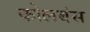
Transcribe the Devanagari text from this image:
कोलबंस